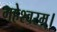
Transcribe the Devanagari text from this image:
महेश्वरम्।